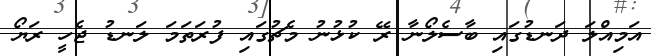
އަމިއްލަ ދަނޑުގައި ބާސެލޯނާ ރޭ ކުޅުނު މެޗުގައި ފުރަތަމަ ލަނޑު ޖެހީ ރަޔޯ